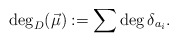
\begin{align*} \deg_D(\vec{\mu}) :=\sum \deg{\delta_{a_i}}.\end{align*}